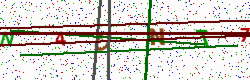
Text: N4ONT7